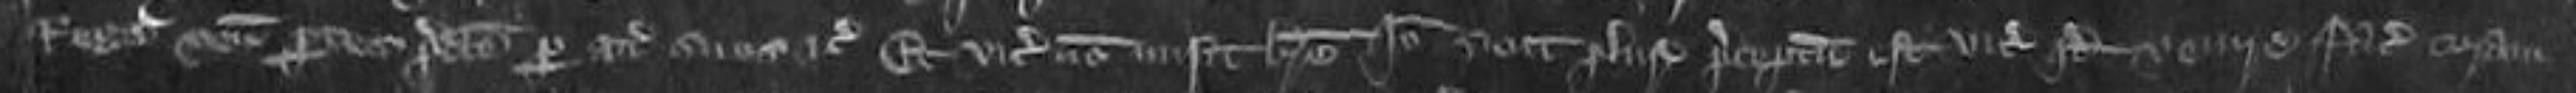
Rege veniunt partes predictos per attornatos suos etc et vicecomes non misit breve Ideo sicut pluries preceptum est vicecomiti quod venire faciat coram